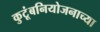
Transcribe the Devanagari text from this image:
कुटूंबनियोजनाच्या